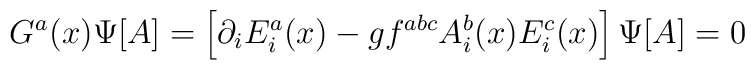
G^a(x)\Psi[A]=\left[\partial_iE^a_i(x)-gf^{abc}A^b_i(x)E^c_i(x)\right]\Psi[A]=0